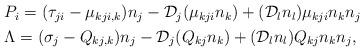
LaTeX: \begin{align*}\begin{aligned} & P_{i}=(\tau_{ji}-\mu_{kji,k})n_{j}-\mathcal{D}_{j}(\mu_{kji}n_{k})+(\mathcal{D}_{l}n_{l})\mu_{kji}n_{k}n_{j}\\ & \Lambda=(\sigma_{j}-Q_{kj,k})n_{j}-\mathcal{D}_{j}(Q_{kj}n_{k})+(\mathcal{D}_{l}n_{l})Q_{kj}n_{k}n_{j},\end{aligned}\end{align*}